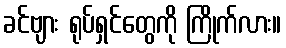
ခင်ဗျား ရုပ်ရှင်တွေကို ကြိုက်လား။